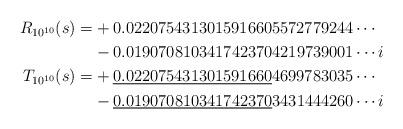
LaTeX: \begin{align*}R_{10^{10}}(s)=&+0.0220754313015916605572779244\cdots \\ &-0.0190708103417423704219739001\cdots i \\T_{10^{10}}(s)=&+\underline{0.022075431301591660}4699783035\cdots \\ &-\underline{0.019070810341742370}3431444260\cdots i \end{align*}